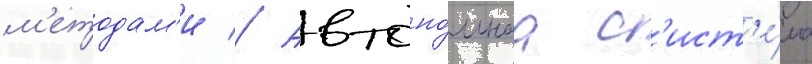
м'етодам'и // Автоно́мнаа с'ист'е́ма